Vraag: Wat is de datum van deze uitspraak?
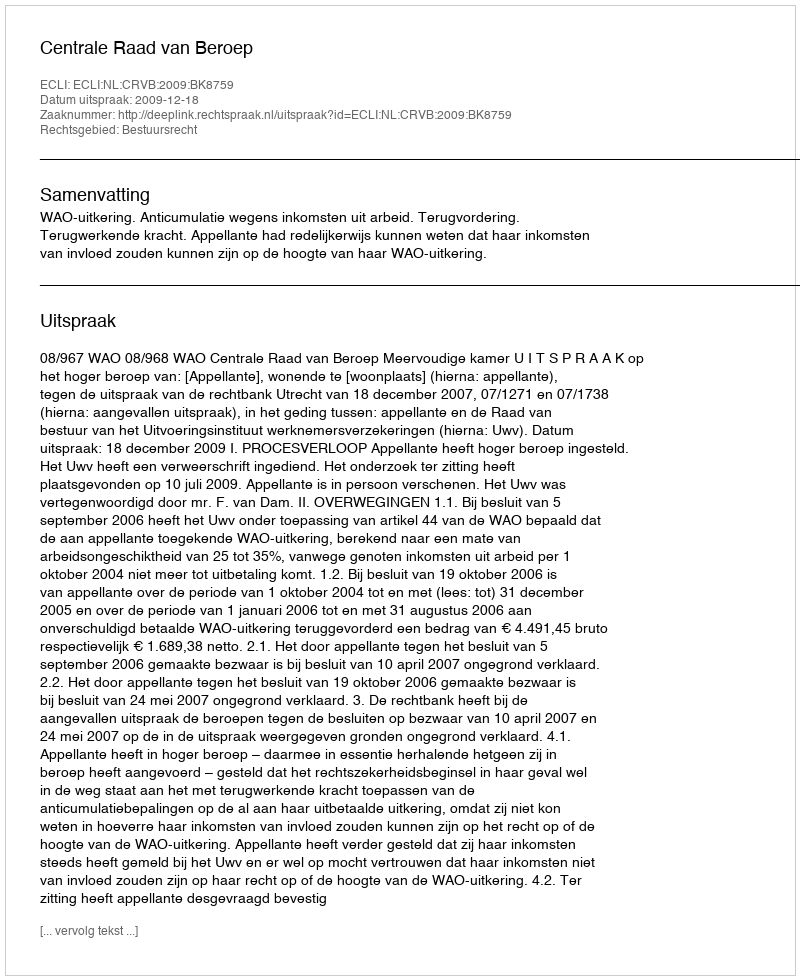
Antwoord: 2009-12-18